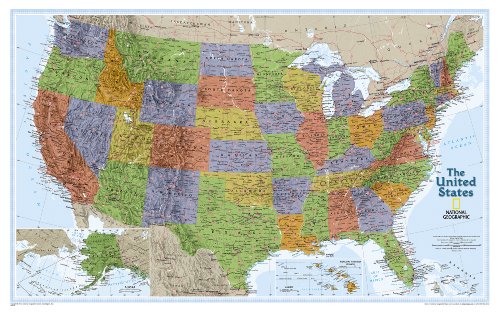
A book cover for United States Explorer Wall Map - Laminated (U.S. Map) (National Geographic Reference Map); National Geographic Maps - Reference; Reference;